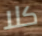
كلا